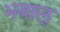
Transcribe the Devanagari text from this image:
भवाल्